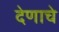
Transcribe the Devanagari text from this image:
देणाचे